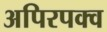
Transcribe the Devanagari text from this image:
अपिरपक्व